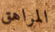
المراهق